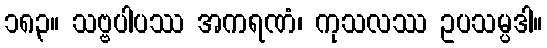
၁၈၃။ သဗ္ဗပါပဿ အကရဏံ၊ ကုသလဿ ဥပသမ္ပဒါ။